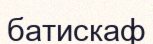
батискаф